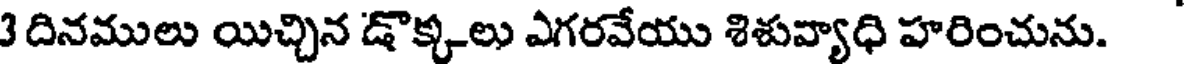
3 దినములు యిచ్చిన డొక్కలు ఎగరవేయు శిశువ్యాధి హరించును.